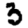
Digit: 3